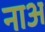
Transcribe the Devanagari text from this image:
नाअ